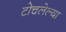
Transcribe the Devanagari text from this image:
टोचलेल्या